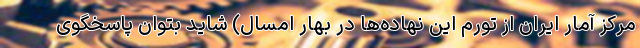
مرکز آمار ایران از تورم این نهاده‌ها در بهار امسال) شاید بتوان پاسخگوی